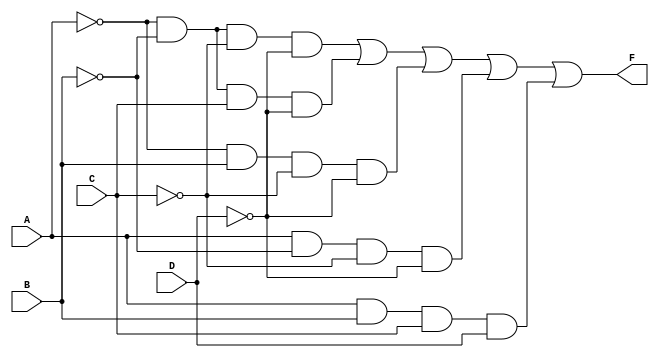
module combinational_logic (
    input wire A,  // Input variable A
    input wire B,  // Input variable B
    input wire C,  // Input variable C
    input wire D,  // Input variable D
    output wire F  // Output of the combinational logic
);

// Implementing the logic expression derived from the K-map
assign F = (~A & ~B & ~C & ~D) |  // A'B'C'D'
           (~A & ~B &  C & ~D) |  // A'B'C'D
           (~A &  B & ~C & ~D) |  // A'BC'D
           ( A & ~B & ~C & ~D) |  // AB'C'D
           ( A &  B &  C &  D);    // ABCD

endmodule